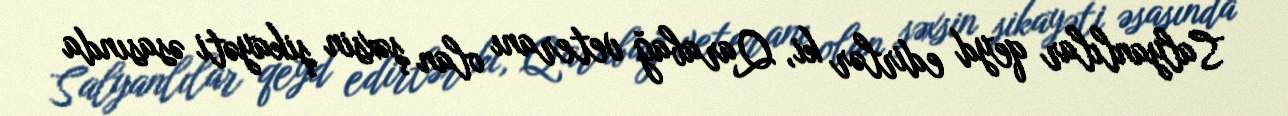
Salyanlılar qeyd edirlər ki, Qarabağ veteranı olan şəxsin şikayəti əsasında